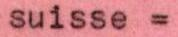
suisse =